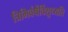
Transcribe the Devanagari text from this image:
त्रिभिर्वर्षैर्विशुध्यति